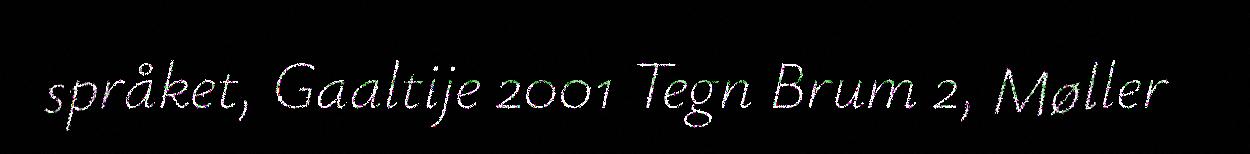
språket, Gaaltije 2001 Tegn Brum 2, Møller